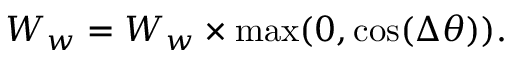
W _ { w } = W _ { w } \times \operatorname* { m a x } ( 0 , \cos ( \Delta \theta ) ) .